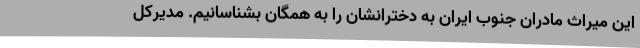
این میراث مادران جنوب ایران به دخترانشان را به همگان بشناسانیم. مدیرکل